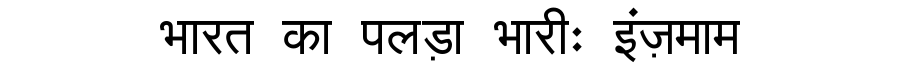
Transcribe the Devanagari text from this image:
भारत का पलड़ा भारीः इंज़माम